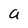
Character: a